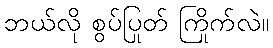
ဘယ်လို စွပ်ပြုတ် ကြိုက်လဲ။